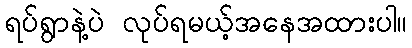
ရပ်ရွာနဲ့ပဲ လုပ်ရမယ့်အနေအထားပါ။